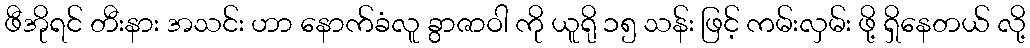
ဖီအိုရင် တီးနား အသင်း ဟာ နောက်ခံလူ ခွာဇာဝါ ကို ယူရို ၁၅ သန်း ဖြင့် ကမ်းလှမ်း ဖို့ ရှိနေတယ် လို့